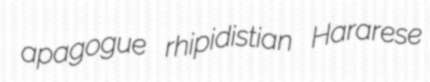
apagogue rhipidistian Hararese